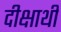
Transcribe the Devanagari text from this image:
दीक्षार्थी